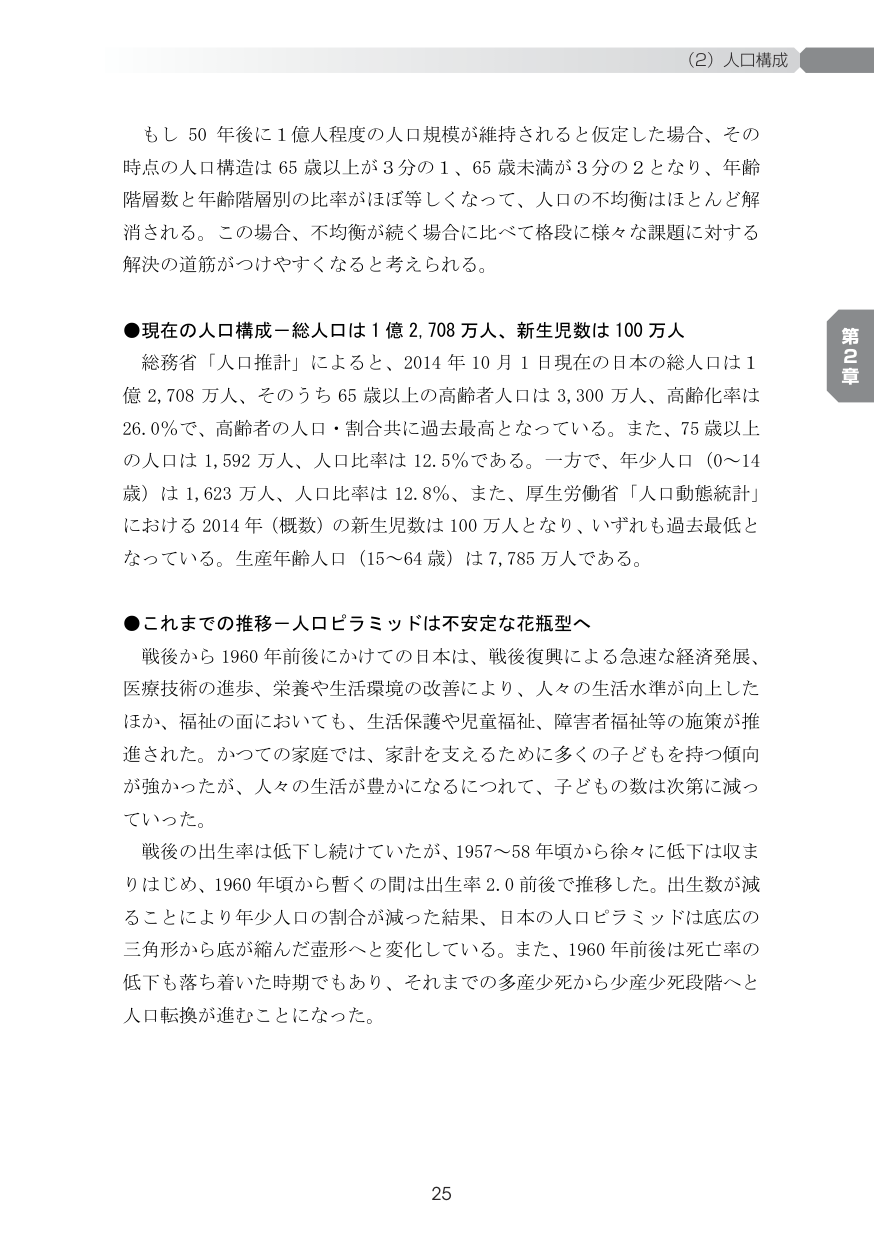
(2) 人口構成

もし 50 年後に 1 億人程度の人口規模が維持されると仮定した場合、その時点の人口構造は 65 歳以上が 3 分の 1、65 歳未満が 3 分の 2 となり、年齢階層数と年齢階層別の比率がほぼ等しくなって、人口の不均衡はほとんど解消される。この場合、不均衡が続く場合に比べて格段に様々な課題に対する解決の道筋がつけやすくなると考えられる。

●現在の人口構成－総人口は 1 億 2,708 万人、新生児数は 100 万人

総務省「人口推計」によると、2014 年 10 月 1 日現在の日本の総人口は 1 億 2,708 万人、そのうち 65 歳以上の高齢者人口は 3,300 万人、高齢化率は 26.0％で、高齢者の人口・割合共に過去最高となっている。また、75 歳以上の人口は 1,592 万人、人口比率は 12.5％である。一方で、年少人口（0～14 歳）は 1,623 万人、人口比率は 12.8％、また、厚生労働省「人口動態統計」における 2014 年（概数）の新生児数は 100 万人となり、いずれも過去最低となっている。生産年齢人口（15～64 歳）は 7,785 万人である。

●これまでの推移－人口ピラミッドは不安定な花瓶型へ

戦後から 1960 年前後にかけての日本は、戦後復興による急速な経済発展、医療技術の進歩、栄養や生活環境の改善により、人々の生活水準が向上したほか、福祉の面においても、生活保護や児童福祉、障害者福祉等の施策が推進された。かつての家庭では、家計を支えるために多くの子どもを持つ傾向が強かったが、人々の生活が豊かになるにつれて、子どもの数は次第に減っていった。

戦後の出生率は低下し続けていたが、1957～58 年頃から徐々に低下は収まりはじめ、1960 年頃から暫くの間は出生率 2.0 前後で推移した。出生数が減ることにより年少人口の割合が減った結果、日本の人口ピラミッドは底広の三角形から底が縮んだ壺形へと変化している。また、1960 年前後は死亡率の低下も落ち着いた時期でもあり、それまでの多産少死から少産少死段階へと人口転換が進むことになった。

第2章

25